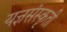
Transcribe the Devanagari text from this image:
यज्ञसंस्कृती